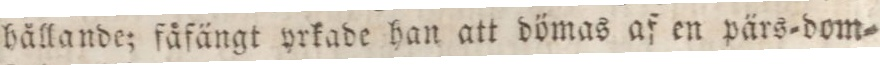
hållande; fåfängt yrkade han att dömas af en pärs=dom=